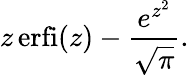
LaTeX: z\operatorname{erfi}(z)-{\frac{e^{z^{2}}}{\sqrt{\pi}}}.